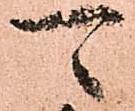
可